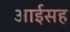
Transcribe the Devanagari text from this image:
आईसह